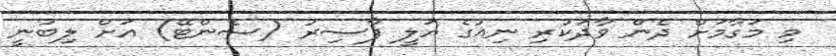
މި މަގާމަށް ދެން ވާދަކުރި ނިއުގެ އަލީ ފާސިރު (ސެންޓޭ) އަށް ލިބުނީ